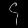
Digit: ၄